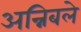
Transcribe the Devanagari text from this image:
अन्निबले